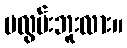
မလွမ်းဘူးလား။